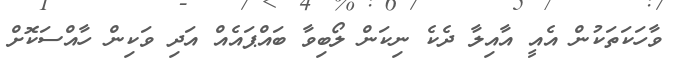
ވާހަކަތަކުން އެއީ އާއިލާ ދެކެ ނިކަން ލޯބިވާ ބައްޕައެއް އަދި ވަކިން ހާއްސަކޮށް